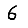
Digit: 6